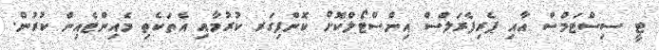
ޓީ ސިސްޓަމްސް އާއި ޕެރިފެރަލްސް އިންސްޓޯލްކޮށް ކޮންފިގަރ ކުރުމާއި އެތަކެތި މެއިންޓެއިން ކުރުން.